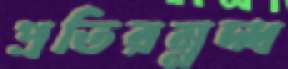
প্রতিরম্নদ্ধ